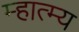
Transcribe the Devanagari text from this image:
म्हात्म्य